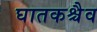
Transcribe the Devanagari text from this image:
घातकश्चैव